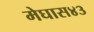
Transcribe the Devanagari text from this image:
मेघास४३